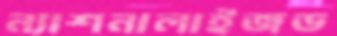
ন্যাশনালাইজড